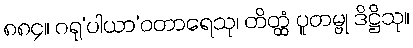
၈၈၄။ ဂရု’ပါယာ’ဝတာရေသု၊ တိတ္ထံ ပူတမ္ဗု ဒိဋ္ဌိသု။